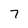
Character: 7